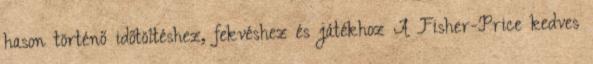
hason történő időtöltéshez, fekvéshez és játékhoz A Fisher-Price kedves